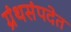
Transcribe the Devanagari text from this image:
ग्रंथसंपदेत